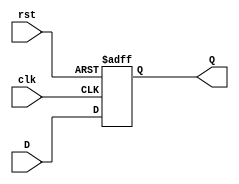
module dff(
		input	D,
		input	clk,
		input	rst,
		output	Q
	);

	always @ (posedge(clk), posedge(rst))
	begin
		if (rst == 1)
			Q <= 1'b0;
		else
			Q <= D;
	end
endmodule